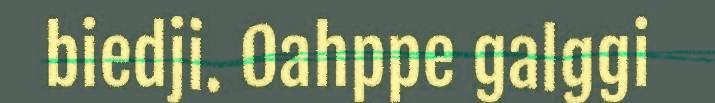
biedji. Oahppe galggi